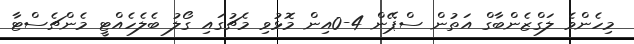
މިހެންވެ ލަގްޒެންބާގް އަތުން ސްޕޭން 4-0އިން މޮޅުވި މެޗުގައި ގޯލު ބެލެހެއްޓީ މެންޗެސްޓާ